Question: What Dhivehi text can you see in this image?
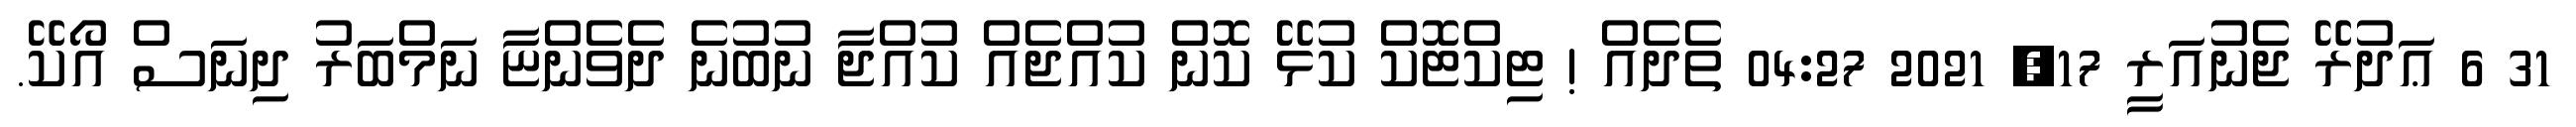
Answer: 31 6 ޢަދުރޭ ޖެނުއަރީ 17, 2021 04:27 ތެދެއް ! ޓިކްޓޮކް ކުޅޭ ކޮން ކުއްޖެއް ކުއްޖާ ނުބުނެ ދެވެންޏާ ނަމްބަރު ދިނަސް އޯކޭ.